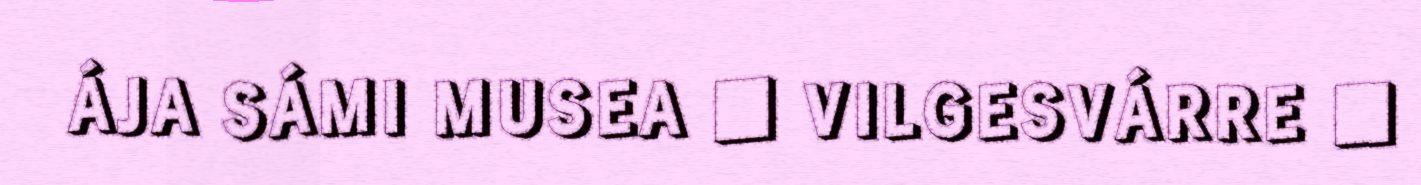
ÁJA SÁMI MUSEA ■ VILGESVÁRRE ■